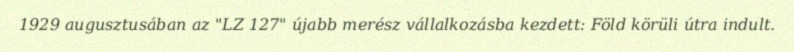
1929 augusztusában az "LZ 127" újabb merész vállalkozásba kezdett: Föld körüli útra indult.